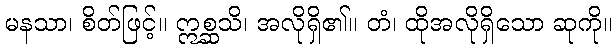
မနသာ၊ စိတ်ဖြင့်။ ဣစ္ဆသိ၊ အလိုရှိ၏။ တံ၊ ထိုအလိုရှိသော ဆုကို။